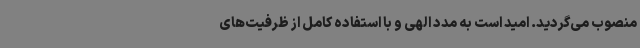
منصوب می‌گردید. امید است به مدد الهی و با استفاده کامل از ظرفیت‌های